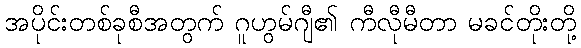
အပိုင်းတစ်ခုစီအတွက် ဂူဟွမ်ဂျီ၏ ကီလီုမီတာ မခင်တိုးတို့